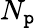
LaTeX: N_{\mathtt{p}}